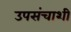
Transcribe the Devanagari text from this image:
उपसंचाशी